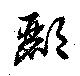
酈